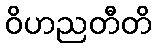
ဝိဟညတီတိ